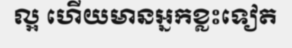
ល្អ ហើយមានអ្នកខ្លះទៀត